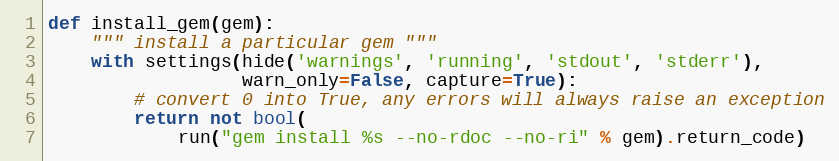
Language: Python
def install_gem(gem):
    """ install a particular gem """
    with settings(hide('warnings', 'running', 'stdout', 'stderr'),
                  warn_only=False, capture=True):
        # convert 0 into True, any errors will always raise an exception
        return not bool(
            run("gem install %s --no-rdoc --no-ri" % gem).return_code)